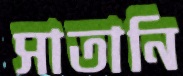
সাতানি